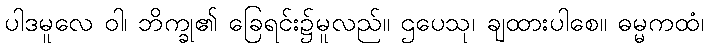
ပါဒမူလေ ဝါ၊ ဘိက္ခု၏ ခြေရင်း၌မူလည်။ ဌပေသု၊ ချထားပါစေ။ ဓမ္မကထံ၊